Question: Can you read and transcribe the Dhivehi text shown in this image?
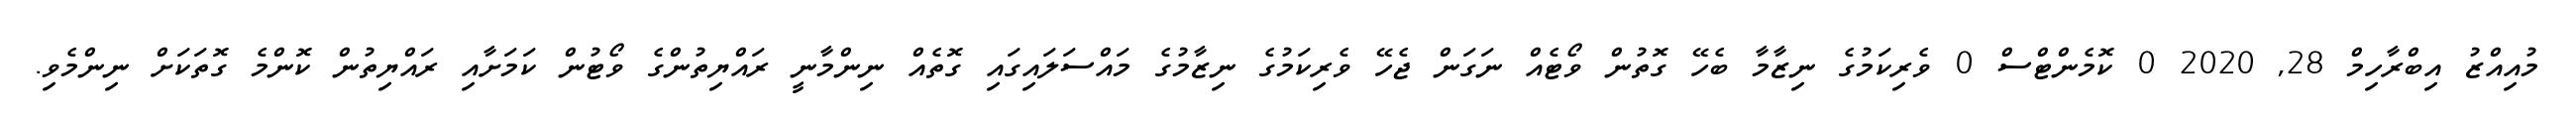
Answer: މުއިއްޒު އިބްރާހިމް 28, 2020 0 ކޮމެންޓްސް 0 ވެރިކަމުގެ ނިޒާމާ ބެހޭ ގޮތުން ވޯޓެއް ނަގަން ޖެހޭ ވެރިކަމުގެ ނިޒާމުގެ މައްސަލައިގައި ގޮތެއް ނިންމާނީ ރައްޔިތުންގެ ވޯޓުން ކަމަށާއި ރައްޔިތުން ކޮންމެ ގޮތަކަށް ނިންމެވި.